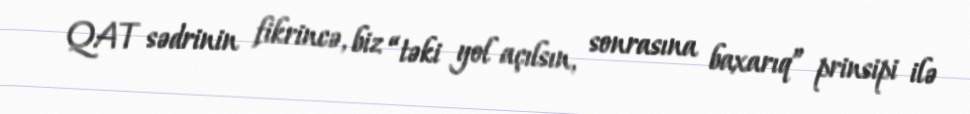
QAT sədrinin fikrincə, biz “təki yol açılsın, sonrasına baxarıq” prinsipi ilə